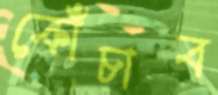
কোঁচাব